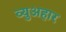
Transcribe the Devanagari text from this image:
व्युअहार